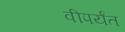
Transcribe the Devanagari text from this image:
वीपर्यंत